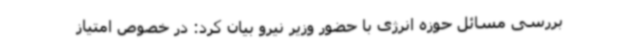
بررسی مسائل حوزه انرژی با حضور وزیر نیرو بیان کرد: در خصوص امتیاز